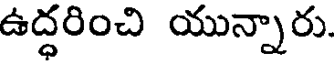
ఉద్ధరించి యున్నారు.